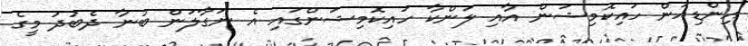
އިންޑިއަން ހައިކޮމިޝަން އާއި ލަންކާ ހައިކޮމިޝަންގައި އެ ނަގާލަން ބުނާ ދެބުދު މީގެ